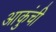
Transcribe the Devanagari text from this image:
आकुंची